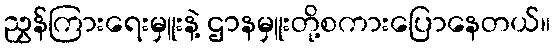
ညွှန်ကြားရေးမှူးနဲ့ ဌာနမှူးတို့စကားပြောနေတယ်။